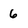
Character: 6